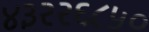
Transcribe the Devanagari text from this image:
४३२२६८५०